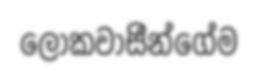
ලෝකවාසීන්ගේම